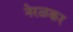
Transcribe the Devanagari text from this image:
नेरळकर